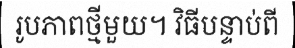
រូបភាពថ្មីមួយ។ វិធីបន្ទាប់ពី